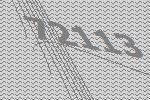
72113